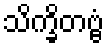
သိက္ခိတဗ္ဗံ